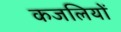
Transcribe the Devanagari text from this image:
कजलियों